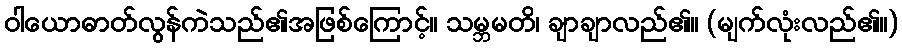
ဝါယောဓာတ်လွန်ကဲသည်၏အဖြစ်ကြောင့်။ သမ္ဘမတိ၊ ချာချာလည်၏။ (မျက်လုံးလည်၏။)